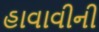
હાવાવીની